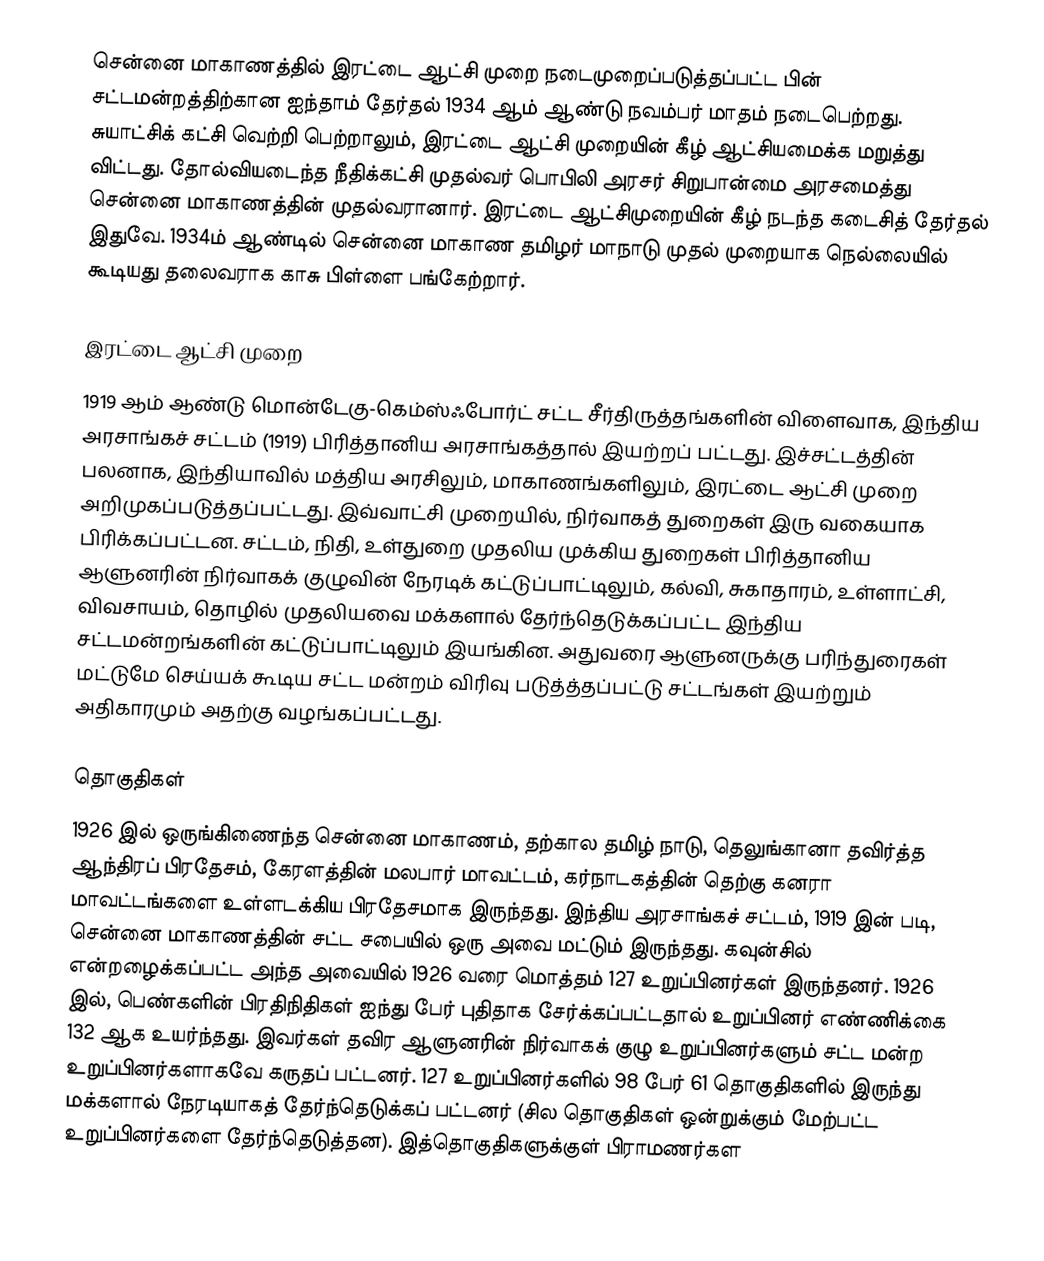
சென்னை மாகாணத்தில் இரட்டை ஆட்சி முறை நடைமுறைப்படுத்தப்பட்ட பின் சட்டமன்றத்திற்கான ஐந்தாம் தேர்தல் 1934 ஆம் ஆண்டு நவம்பர் மாதம் நடைபெற்றது. சுயாட்சிக் கட்சி வெற்றி பெற்றாலும், இரட்டை ஆட்சி முறையின் கீழ் ஆட்சியமைக்க மறுத்து விட்டது. தோல்வியடைந்த நீதிக்கட்சி முதல்வர் பொபிலி அரசர் சிறுபான்மை அரசமைத்து சென்னை மாகாணத்தின் முதல்வரானார். இரட்டை ஆட்சிமுறையின் கீழ் நடந்த கடைசித் தேர்தல் இதுவே. 1934ம் ஆண்டில் சென்னை மாகாண தமிழர் மாநாடு முதல் முறையாக நெல்லையில் கூடியது தலைவராக காசு பிள்ளை பங்கேற்றார்.

இரட்டை ஆட்சி முறை
1919 ஆம் ஆண்டு மொன்டேகு-கெம்ஸ்ஃபோர்ட் சட்ட சீர்திருத்தங்களின் விளைவாக, இந்திய அரசாங்கச் சட்டம் (1919)  பிரித்தானிய அரசாங்கத்தால் இயற்றப் பட்டது. இச்சட்டத்தின் பலனாக, இந்தியாவில் மத்திய அரசிலும், மாகாணங்களிலும், இரட்டை ஆட்சி முறை அறிமுகப்படுத்தப்பட்டது. இவ்வாட்சி முறையில், நிர்வாகத் துறைகள் இரு வகையாக பிரிக்கப்பட்டன. சட்டம், நிதி, உள்துறை முதலிய முக்கிய துறைகள் பிரித்தானிய ஆளுனரின் நிர்வாகக் குழுவின் நேரடிக் கட்டுப்பாட்டிலும், கல்வி, சுகாதாரம், உள்ளாட்சி, விவசாயம், தொழில் முதலியவை மக்களால் தேர்ந்தெடுக்கப்பட்ட இந்திய சட்டமன்றங்களின் கட்டுப்பாட்டிலும் இயங்கின. அதுவரை ஆளுனருக்கு பரிந்துரைகள் மட்டுமே செய்யக் கூடிய சட்ட மன்றம் விரிவு படுத்த்தப்பட்டு சட்டங்கள் இயற்றும் அதிகாரமும் அதற்கு வழங்கப்பட்டது.

தொகுதிகள்
1926 இல் ஒருங்கிணைந்த சென்னை மாகாணம், தற்கால தமிழ் நாடு, தெலுங்கானா தவிர்த்த ஆந்திரப் பிரதேசம், கேரளத்தின் மலபார் மாவட்டம், கர்நாடகத்தின் தெற்கு கனரா மாவட்டங்களை உள்ளடக்கிய பிரதேசமாக இருந்தது. இந்திய அரசாங்கச் சட்டம், 1919 இன் படி, சென்னை மாகாணத்தின் சட்ட சபையில் ஒரு அவை மட்டும் இருந்தது. கவுன்சில் என்றழைக்கப்பட்ட அந்த அவையில் 1926 வரை மொத்தம் 127 உறுப்பினர்கள் இருந்தனர். 1926 இல், பெண்களின் பிரதிநிதிகள் ஐந்து பேர் புதிதாக சேர்க்கப்பட்டதால் உறுப்பினர் எண்ணிக்கை 132 ஆக உயர்ந்தது. இவர்கள் தவிர ஆளுனரின் நிர்வாகக் குழு உறுப்பினர்களும் சட்ட மன்ற உறுப்பினர்களாகவே கருதப் பட்டனர். 127 உறுப்பினர்களில் 98 பேர் 61 தொகுதிகளில் இருந்து மக்களால் நேரடியாகத் தேர்ந்தெடுக்கப் பட்டனர் (சில தொகுதிகள் ஒன்றுக்கும் மேற்பட்ட உறுப்பினர்களை தேர்ந்தெடுத்தன). இத்தொகுதிகளுக்குள் பிராமணர்கள